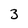
Character: 3